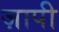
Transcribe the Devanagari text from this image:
ज़ापी